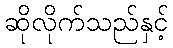
ဆိုလိုက်သည်နှင့်